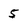
Character: 5